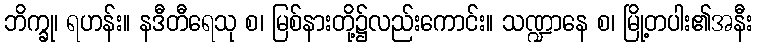
ဘိက္ခု၊ ရဟန်း။ နဒီတီရေသု စ၊ မြစ်နားတို့၌လည်းကောင်း။ သဏ္ဍာနေ စ၊ မြို့တပါး၏အနီး